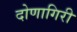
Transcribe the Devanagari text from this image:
दोणागिरी